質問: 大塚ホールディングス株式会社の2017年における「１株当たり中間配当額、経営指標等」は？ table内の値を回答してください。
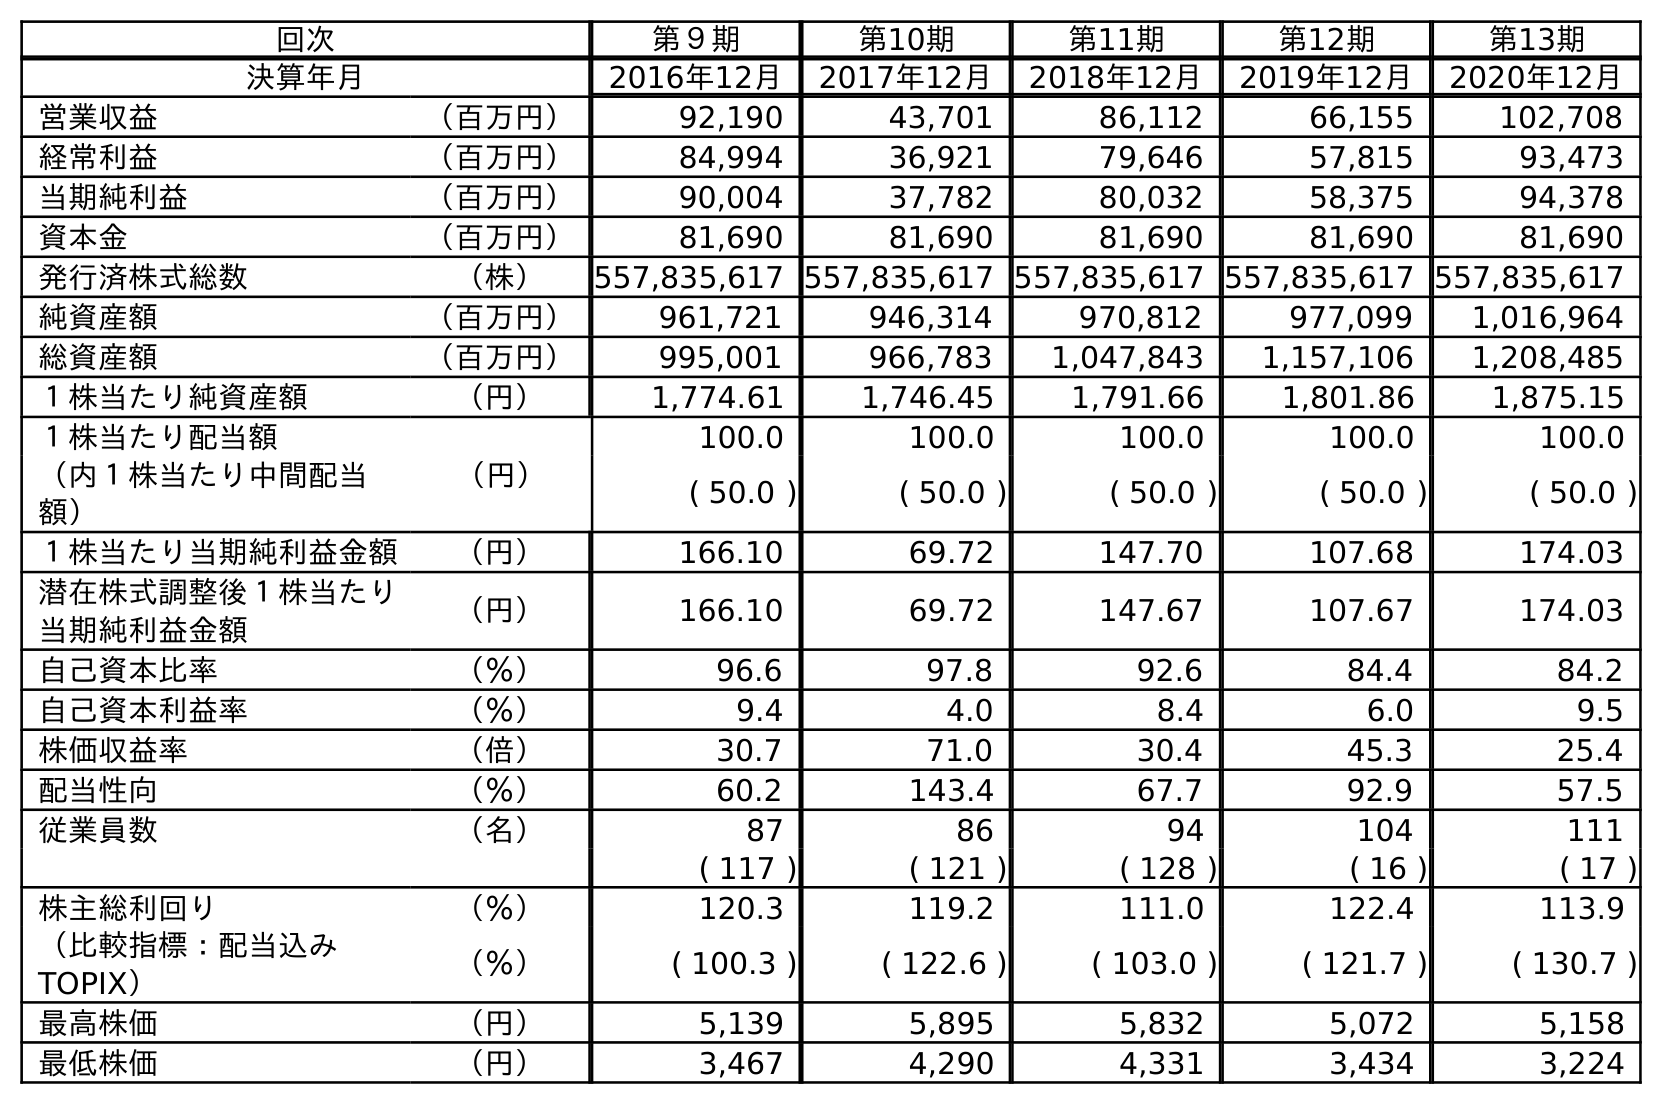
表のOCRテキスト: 回次 第９期 第10期 第11期 第12期 第13期 決算年月 2016年12月 2017年12月 2018年12月 2019年12月 2020年12月 営業収益 （百万円） 92,190 43,701 86,112 66,155 102,708 経常利益 （百万円） 84,994 36,921 79,646 57,815 93,473 当期純利益 （百万円） 90,004 37,782 80,032 58,375 94,378 資本金 （百万円） 81,690 81,690 81,690 81,690 81,690 発行済株式総数 （株） 557,835,617 557,835,617 557,835,617 557,835,617 557,835,617 純資産額 （百万円） 961,721 946,314 970,812 977,099 1,016,964 総資産額 （百万円） 995,001 966,783 1,047,843 1,157,106 1,208,485 １株当たり純資産額 （円） 1,774.61 1,746.45 1,791.66 1,801.86 1,875.15 １株当たり配当額 （円） 100.0 100.0 100.0 100.0 100.0 （内１株当たり中間配当 額） ( 50.0 ) ( 50.0 ) ( 50.0 ) ( 50.0 ) ( 50.0 ) １株当たり当期純利益金額 （円） 166.10 69.72 147.70 107.68 174.03 潜在株式調整後１株当たり 当期純利益金額 （円） 166.10 69.72 147.67 107.67 174.03 自己資本比率 （％） 96.6 97.8 92.6 84.4 84.2 自己資本利益率 （％） 9.4 4.0 8.4 6.0 9.5 株価収益率 （倍） 30.7 71.0 30.4 45.3 25.4 配当性向 （％） 60.2 143.4 67.7 92.9 57.5 従業員数 （名） 87 86 94 104 111 ( 117 ) ( 121 ) ( 128 ) ( 16 ) ( 17 ) 株主総利回り （％） 120.3 119.2 111.0 122.4 113.9 （比較指標：配当込み TOPIX） （％） ( 100.3 ) ( 122.6 ) ( 103.0 ) ( 121.7 ) ( 130.7 ) 最高株価 （円） 5,139 5,895 5,832 5,072 5,158 最低株価 （円） 3,467 4,290 4,331 3,434 3,224
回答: (50.0)